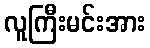
လူကြီးမင်းအား